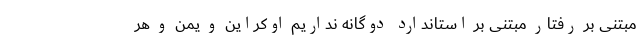
مبتنی بر رفتار مبتنی بر استاندارد دوگانه نداریم اوکراین و یمن و هر